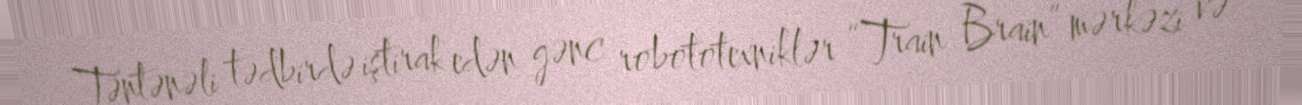
Təntənəli tədbirdə iştirak edən gənc robototexniklər “Train Brain” mərkəzi və